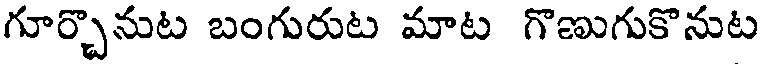
గూర్చొనుట బంగురుట మాట గొణుగుకొనుట